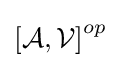
\left[{\mathcal {A}},{\mathcal {V}}\right]^{op}